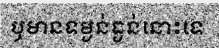
ឬមានទម្ងន់ធ្ងន់នោះទេ